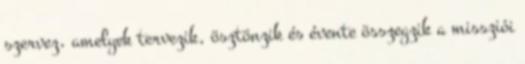
szervez, amelyek tervezik, ösztönzik és évente összegzik a missziói